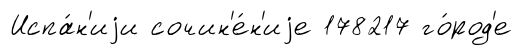
Испа́н'иjи сочин'е́н'иjе 178217 го́род'е